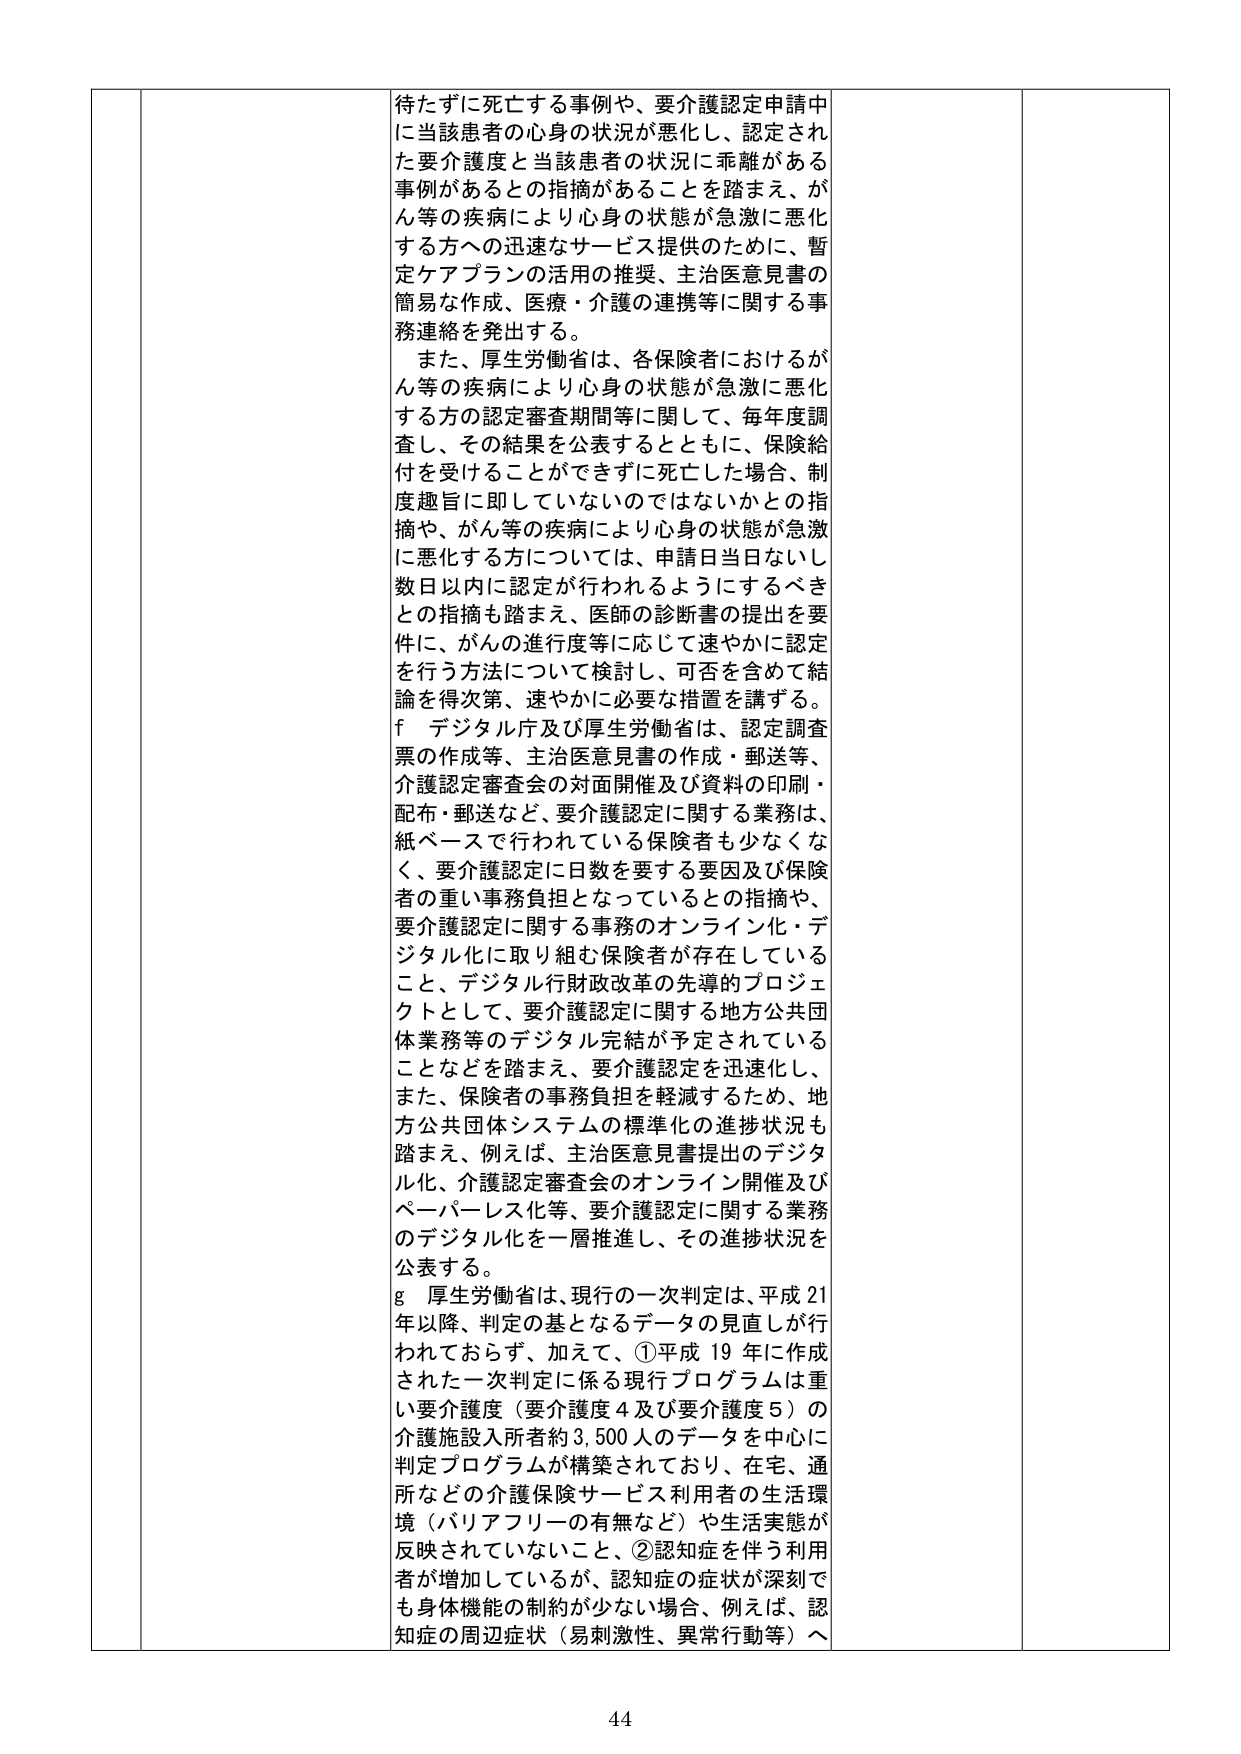
待たずに死亡する事例や、要介護認定申請中に当該患者の心身の状況が悪化し、認定された要介護度と当該患者の状況に乖離がある事例があるとの指摘があることを踏まえ、がん等の疾病により心身の状態が急激に悪化する方への迅速なサービス提供のために、暫定ケアプランの活用の推奨、主治医意見書の簡易な作成、医療・介護の連携等に関する事務連絡を発出する。

また、厚生労働省は、各保険者におけるがん等の疾病により心身の状態が急激に悪化する方の認定審査期間等に関して、毎年度調査し、その結果を公表するとともに、保険給付を受けることができずに死亡した場合、制度趣旨に即していないのではないかとの指摘や、がん等の疾病により心身の状態が急激に悪化する方については、申請日当日ないし数日以内に認定が行われるようにするべきとの指摘も踏まえ、医師の診断書の提出を要件に、がんの進行度等に応じて速やかに認定を行う方法について検討し、可否を含めて結論を得次第、速やかに必要な措置を講ずる。

f デジタル庁及び厚生労働省は、認定調査票の作成等、主治医意見書の作成・郵送等、介護認定審査会の対面開催及び資料の印刷・配布・郵送など、要介護認定に関する業務は、紙ベースで行われている保険者も少なくなく、要介護認定に日数を要する要因及び保険者の重い事務負担となっているとの指摘や、要介護認定に関する事務のオンライン化・デジタル化に取り組む保険者が存在していること、デジタル行財政改革の先導的プロジェクトとして、要介護認定に関する地方公共団体業務等のデジタル完結が予定されていることなどを踏まえ、要介護認定を迅速化し、また、保険者の事務負担を軽減するため、地方公共団体システムの標準化の進捗状況も踏まえ、例えば、主治医意見書提出のデジタル化、介護認定審査会のオンライン開催及びペーパーレス化等、要介護認定に関する業務のデジタル化を一層推進し、その進捗状況を公表する。

g 厚生労働省は、現行の一次判定は、平成21年以降、判定の基となるデータの見直しが行われておらず、加えて、①平成19年に作成された一次判定に係る現行プログラムは重い要介護度（要介護度4及び要介護度5）の介護施設入所者約3,500人のデータを中心に判定プログラムが構築されており、在宅、通所などの介護保険サービス利用者の生活環境（バリアフリーの有無など）や生活実態が反映されていないこと、②認知症を伴う利用者が増加しているが、認知症の症状が深刻でも身体機能の制約が少ない場合、例えば、認知症の周辺症状（易刺激性、異常行動等）へ

44